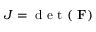
J = \mathrm { ~ d ~ e ~ t ~ ( ~ } \mathbf { F } )